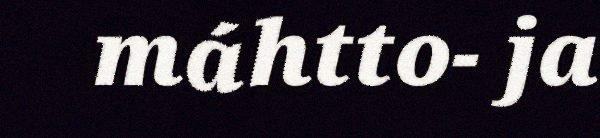
máhtto- ja